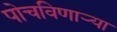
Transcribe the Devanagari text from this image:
पोचविणार्‍या